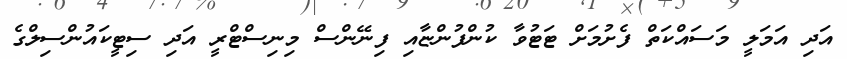
އަދި އަމަލީ މަސައްކަތް ފެށުމަށް ޓަޓުވާ ކުންފުންޏާއި ފިނޭންސް މިނިސްޓްރީ އަދި ސިޓީކައުންސިލްގެ